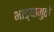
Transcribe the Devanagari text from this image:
भाड्यामुळे